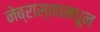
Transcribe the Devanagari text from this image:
नेब्रास्कामधून